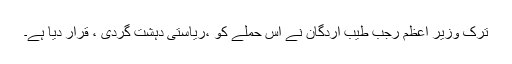
ترک وزیر اعظم رجب طیب اردگان نے اس حملے کو ،ریاستی دہشت گردی ، قرار دیا ہے۔